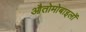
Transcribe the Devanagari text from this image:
औतोमोबाइलों